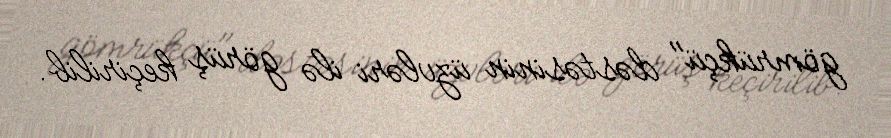
gömrükçü" dəstəsinin üzvləri ilə görüş keçirilib.